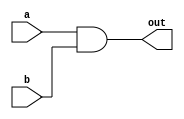
/////////////////////MY_AND_DESIGN_BLOCK/////////////////////////
module my_and(out,a,b);
input a,b;
output out;
wire s1;
nand(s1,a,b);
nand(out,s1,s1);
endmodule
//////////////////////MY_NOT_DESIGN_BLOCK////////////////////////
module my_not(out,a);
input a;
output out;
nand(out,a,a);
endmodule
///////////////////////////MY_OR_DESIGN_BLOCK//////////////////////////
module my_or(out,a,b);
input a,b;
output out;
wire s1,s2;
nand(s1,a,a);
nand(s2,b,b);
nand(out,s1,s2);
endmodule
/////////////////////TEST_BENCH_FOR_PRIMITIVE_GATES_BY NAND///////////////////////////
module my_and_testbench();
reg a,b;
wire out;
//my_and and1(out,a,b);
//my_or or1(out,a,b);
my_not not1(out,a);
initial
begin
$monitor($time," a=%b, b=%b ,out=%b",a,b,out);
end
initial
begin 
 #1a=1;b=1;
 #10 a=0;b=1;
 #10 a=1;b=0;
 #10 a=0;b=0;
 end 
 endmodule